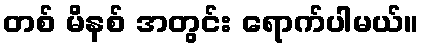
တစ် မိနစ် အတွင်း ရောက်ပါမယ်။